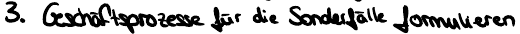
3. Geschäftsprozesse für die Sonderfälle formulieren